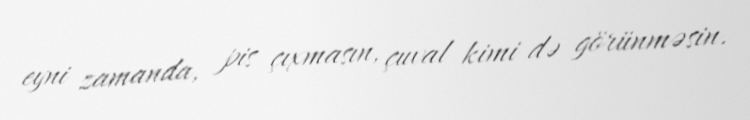
eyni zamanda, pis çıxmasın, çuval kimi də görünməsin.